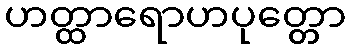
ဟတ္ထာရောဟပုတ္တော